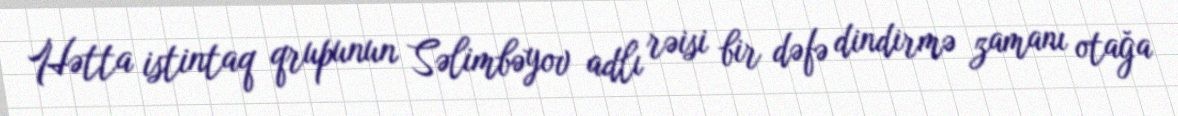
Hətta istintaq qrupunun Səlimbəyov adlı rəisi bir dəfə dindirmə zamanı otağa